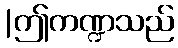
|ဤကဏ္ဍသည်